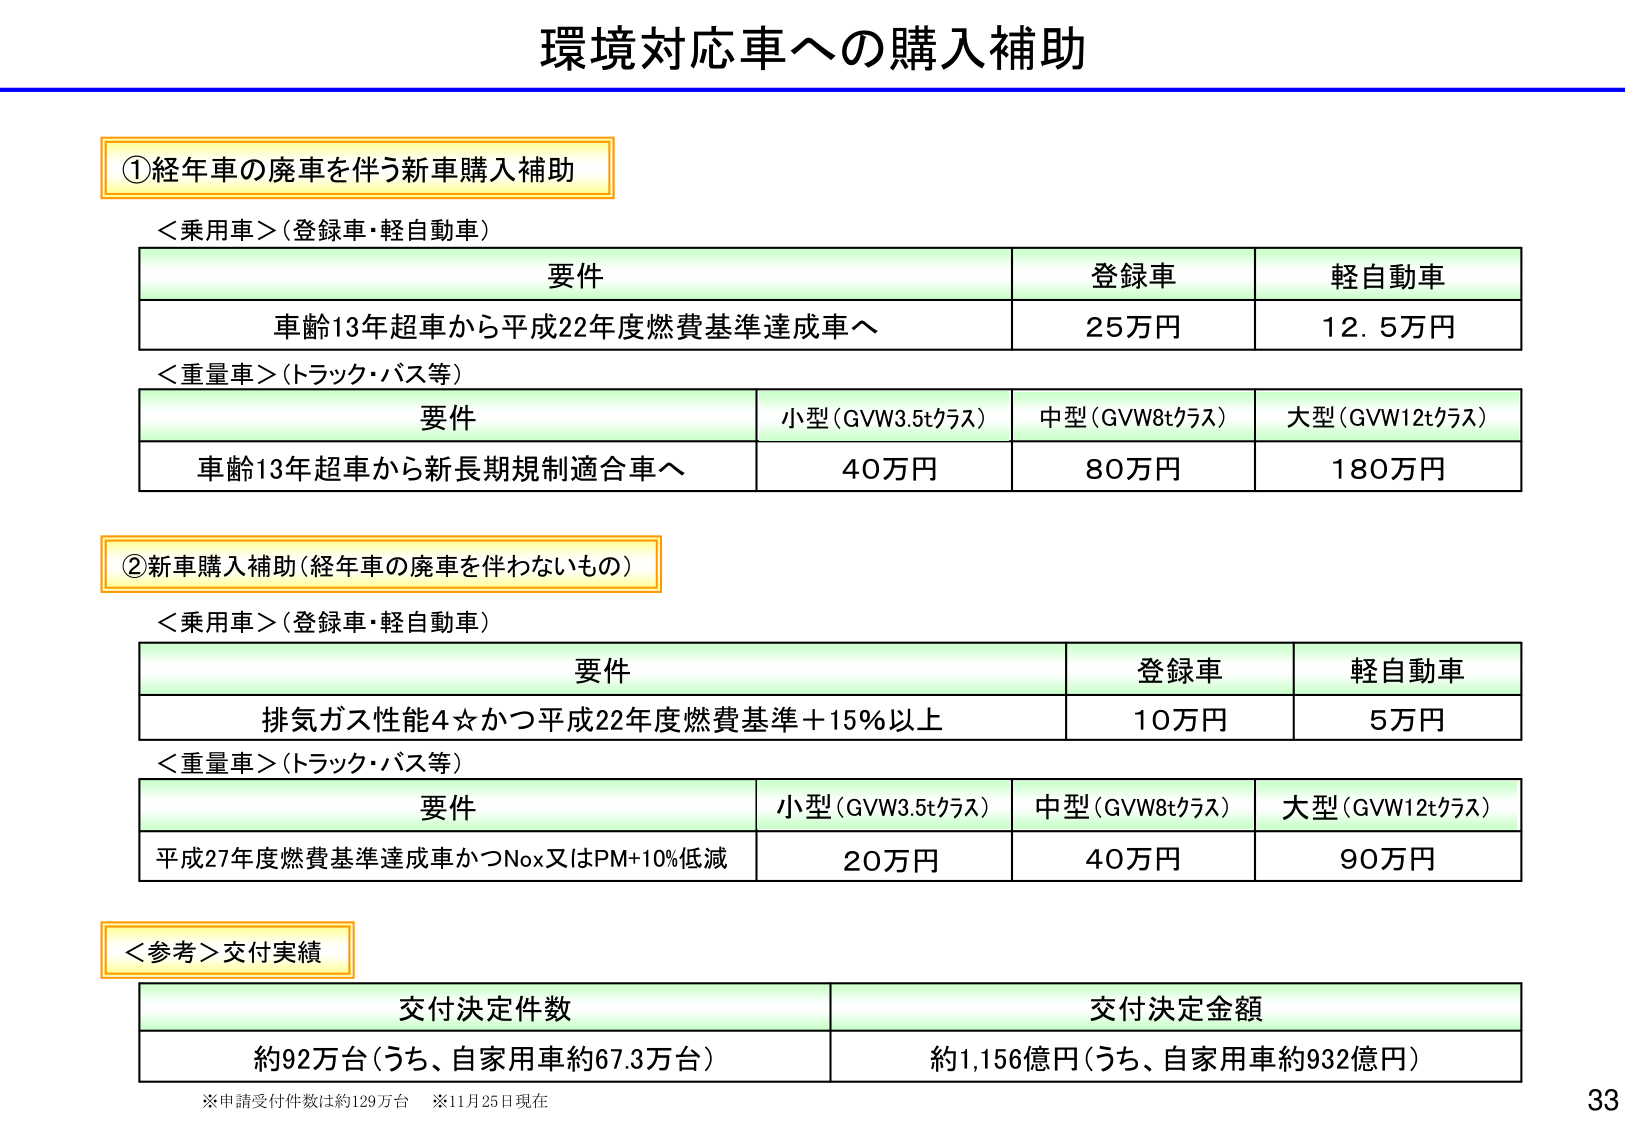
環境対応車への購入補助

①経年車の廃車を伴う新車購入補助

＜乗用車＞（登録車・軽自動車）
要件 登録車 軽自動車
車齢13年超車から平成22年度燃費基準達成車へ 25万円 12.5万円

＜重量車＞（トラック・バス等）
要件 小型（GVW3.5tクラス） 中型（GVW8tクラス） 大型（GVW12tクラス）
車齢13年超車から新長期規制適合車へ 40万円 80万円 180万円

②新車購入補助（経年車の廃車を伴わないもの）

＜乗用車＞（登録車・軽自動車）
要件 登録車 軽自動車
排気ガス性能4☆かつ平成22年度燃費基準＋15％以上 10万円 5万円

＜重量車＞（トラック・バス等）
要件 小型（GVW3.5tクラス） 中型（GVW8tクラス） 大型（GVW12tクラス）
平成27年度燃費基準達成車かつNox又はPM＋10％低減 20万円 40万円 90万円

＜参考＞交付実績
交付決定件数 交付決定金額
約92万台（うち、自家用車約67.3万台） 約1,156億円（うち、自家用車約932億円）

※申請受付件数は約129万台 ※11月25日現在

33